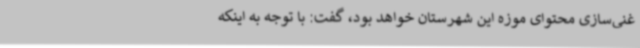
غنی‌سازی محتوای موزه این شهرستان خواهد بود، گفت: با توجه به اینکه